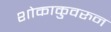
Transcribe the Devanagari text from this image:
शोकाकुवरुन